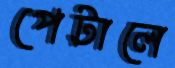
পেটালে